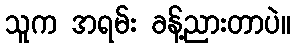
သူက အရမ်း ခန့်ညားတာပဲ။